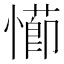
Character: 𭞖